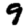
Digit: 9